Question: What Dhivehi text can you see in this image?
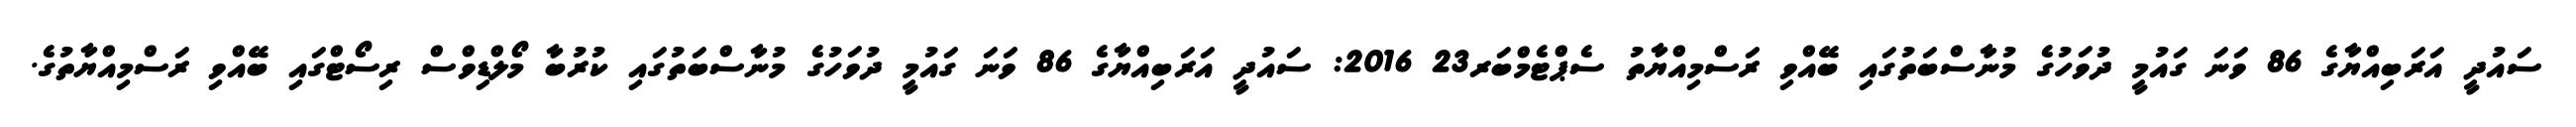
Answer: ސައުދީ އަރަބިއްޔާގެ 86 ވަނަ ގައުމީ ދުވަހުގެ މުނާސްބަތުގައި ބޭއްވި ރަސްމިއްޔާތު ސެޕްޓެމްބަރ23 2016: ސައުދީ އަރަބިއްޔާގެ 86 ވަނަ ގައުމީ ދުވަހުގެ މުނާސްބަތުގައި ކުރުބާ މޯލްޑިވްސް ރިސޯޓްގައި ބޭއްވި ރަސްމިއްޔާތުގެ.